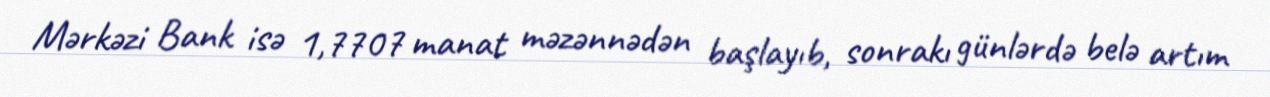
Mərkəzi Bank isə 1,7707 manat məzənnədən başlayıb, sonrakı günlərdə belə artım